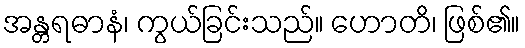
အန္တရဓာနံ၊ ကွယ်ခြင်းသည်။ ဟောတိ၊ ဖြစ်၏။